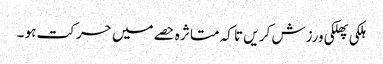
ہلکی پھلکی ورزش کر یں تا کہ متا ثرہ حصے میں حر کت ہو ۔